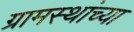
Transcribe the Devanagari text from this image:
ग्रामस्‍थांच्‍या